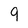
Character: 9